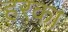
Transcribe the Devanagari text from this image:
हरका